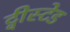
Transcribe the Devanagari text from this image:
ट्वीस्टेड